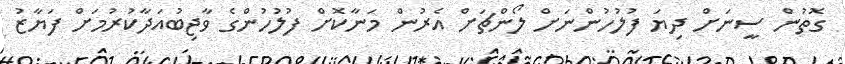
ގޮތުން ސީނަށް ދިޔަ ފުލުހުންނަށް ލޯންޗަށް އެރުން މަނާކޮށް ފުލުހުންގެ ވާޖިބުއަދާކުރުމަށް ފަޔާޒު